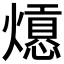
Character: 𤐾